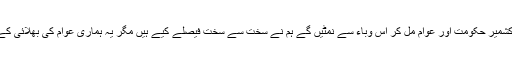
وزیر اعظم آزادکشمیر نے اس موقع پر کہا کہ آزادکشمیر حکومت اور عوام مل کر اس وباء سے نمٹیں گے ہم نے سخت سے سخت فیصلے کیے ہیں مگر یہ ہماری عوام کی بھلائی کے لیے ہی ںً عوام مکمل طور پر گھروں میں رہیں ۔